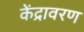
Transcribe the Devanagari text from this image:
केंद्रावरण